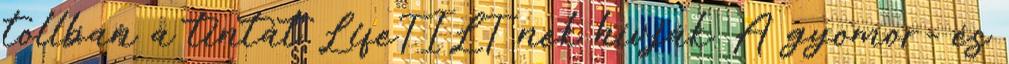
tollban a tintát LifeTILT nek hívják. A gyomor- és